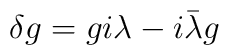
\delta g=gi\lambda-i\bar\lambda g